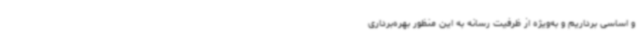
و اساسی برداریم و به‌ویژه از ظرفیت رسانه به این منظور بهره‌برداری